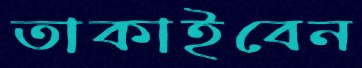
তাকাইবেন